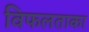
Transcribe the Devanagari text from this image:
विफलताका